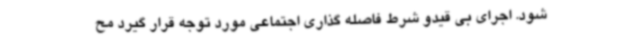
شود. اجرای بی قیدو شرط فاصله گذاری اجتماعی مورد توجه قرار گیرد مح